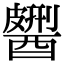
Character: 𨢹